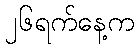
၂၆ရက်နေ့က